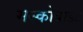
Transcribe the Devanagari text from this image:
मस्कोबाइट